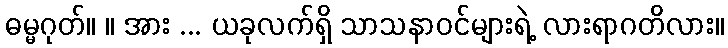
ဓမ္မဂုတ်။ ။ အား ... ယခုလက်ရှိ သာသနာဝင်များရဲ့ လားရာဂတိလား။